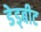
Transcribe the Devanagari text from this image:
डेड्बीट